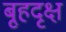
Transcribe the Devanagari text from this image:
बृ्हदृक्ष